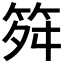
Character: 𥬫